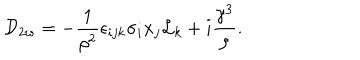
{ \cal D } _ { 2 w } = - { \frac { 1 } { { \rho } ^ { 2 } } } { \epsilon } _ { i j k } { \sigma } _ { i } x _ { j } { \cal L } _ { k } + i { \frac { { \gamma } ^ { 3 } } { \rho } } .